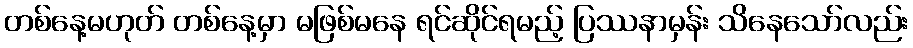
တစ်နေ့မဟုတ် တစ်နေ့မှာ မဖြစ်မနေ ရင်ဆိုင်ရမည့် ပြဿနာမှန်း သိနေသော်လည်း